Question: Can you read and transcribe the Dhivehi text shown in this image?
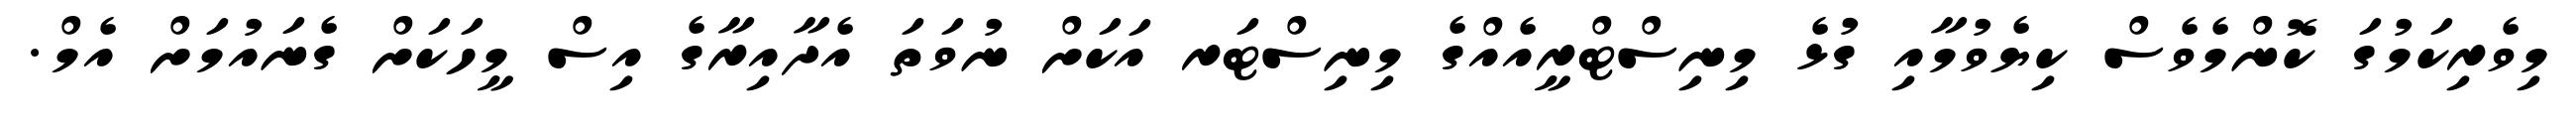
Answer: މިވެރިކަމުގަ ކޮންމެވެސް ކިޔެވުމާއި ގުޅެ މިނިސްޓްރީއެއްގެ މިނިސްޓަރ އަކަށް ނުވަތަ އެދާއިރާގެ އިސް މީހަކަށް ގެނައުމަށް އެމް.